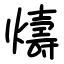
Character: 燽